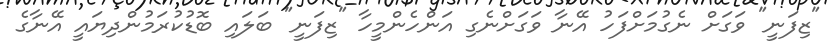
"ޒިފަނީ" ވަގަށް ނެގުމަށްފަހު އޭނާ ވަގަށްނެގި އަންހެންމީހާ "ޒިފަނީ" ބަލައި ބޮޑުކުރަމުންދިޔައީ އޭނާގެ